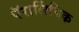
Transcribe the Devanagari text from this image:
पॅरालिंपिक